Annual report of the Punjab Veterinary College and of the Civil Veterinary Department, Punjab - 1920-1925
Year: 1920
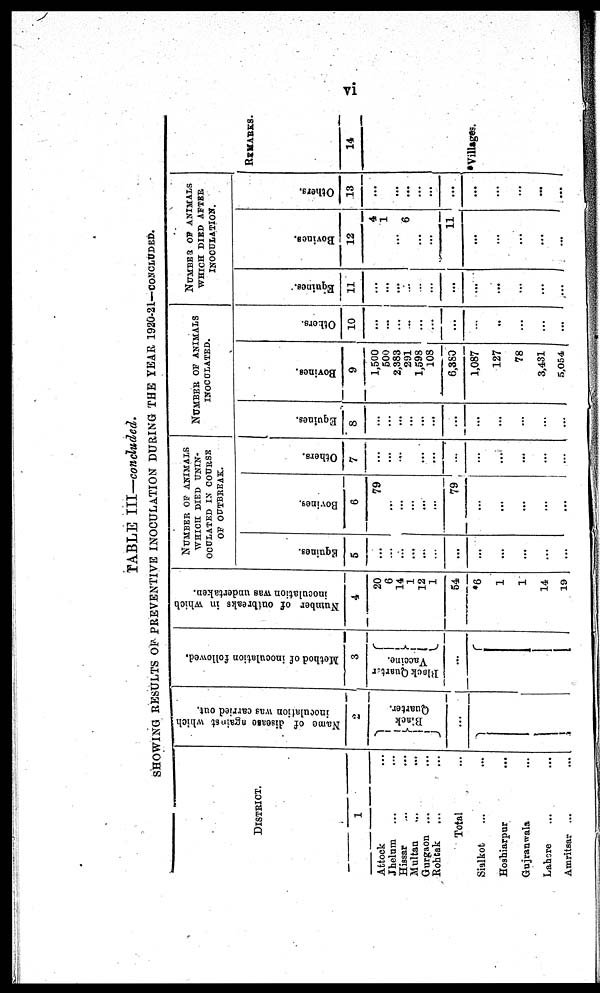
vi
TABLE III—concluded.
SHOWING RESULTS OF PREVENTIVE INOCULATION DURING T H E YEAR 1920-21-CONCLUDED.
DISTRICT.
1
Attock ...
Jhel um . . . . . .
Hissar ... ...
Mul tan ... ...
Gurgaon ... ...
Rohtak ... ...
Total ...
Sialkot ... ...
Hoshi arpur ...
Gujranwal a ...
Lahore ... ...
Amritsar ... ...
Name
of disease against which
inoculation was carried out.
2
Black
Quarter.
...
Method of inoculation followed.
3
Block Quarter
Vaccine.
...
Number of outbreaks in which
inoculation was undertaken.
4
20
6
14
1
12
1
54
*6
1
1
14
19
NUMBER OF ANI MALS
WHI CH DI ED UNI N-
OCULATED I N COURSE
O F OUTBREAK.
Equines.
5
...
...
...
...
...
...
...
...
...
...
...
...
Bovines.
6
79
...
... ...
... ...
79
...
...
...
...
...
Others.
7
...
...
...
...
...
...
...
...
...
...
...
...
NUMBER OF ANIMALS INOCULATED.
Equines.
8
...
...
...
...
...
...
...
...
...
...
...
...
Bovines.
9
1, 500
500
2, 383
291
1, 598
108
6, 380
1, 087
127
78
3, 431
5, 054
Others.
10
...
...
...
...
...
...
...
...
..
...
...
...
NUMBER OF ANIMALS
WHI CH DI ED AFTER
I NOCULATI ON.
Equines.
11
...
...
...
...
...
...
...
...
...
...
...
...
Bovines.
12
4
1
... 6
...
...
11
...
...
...
...
...
Others.
13
...
... ...
...
...
...
...
...
...
...
...
...
REMARKS.
14
*Villages.